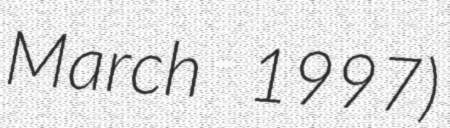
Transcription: March 1997)